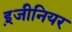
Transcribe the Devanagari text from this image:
इ़जीनियर